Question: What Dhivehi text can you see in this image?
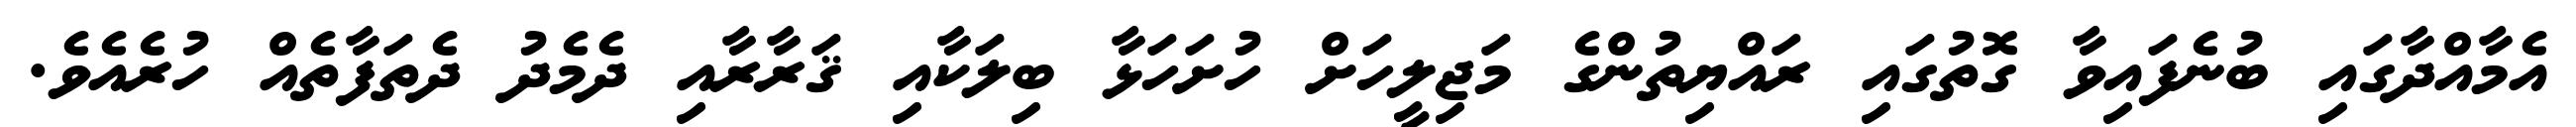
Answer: އެމާއްދާގައި ބުނެފައިވާ ގޮތުގައި ރައްޔިތުންގެ މަޖިލީހަށް ހުށަހަޅާ ބިލަކާއި ޤަރާރާއި ދެމެދު ދެތަފާތެއް ހުރެއެވެ.